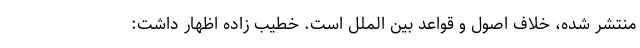
منتشر شده، خلاف اصول و قواعد بین الملل است. خطیب زاده اظهار داشت: